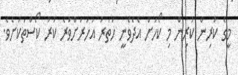
މީގެ ކުރިން ކުރިން މި ކޯހަށް އެދެވެނީ ހަތަރު އަހަރަށްވުރެ ކުރު ކޯސްތަކަށެވެ.